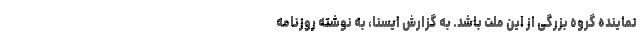
نماینده گروه بزرگی از این ملت باشد. به گزارش ایسنا، به نوشته روزنامه